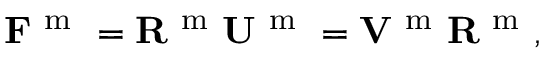
{ \bf F } ^ { \mathrm { ~ m ~ } } = { \bf R } ^ { \mathrm { ~ m ~ } } { \bf U } ^ { \mathrm { ~ m ~ } } = { \bf V } ^ { \mathrm { ~ m ~ } } { \bf R } ^ { \mathrm { ~ m ~ } } ,